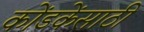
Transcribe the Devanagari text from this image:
कोंडकेंसाठी